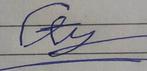
Signature authenticity: forged